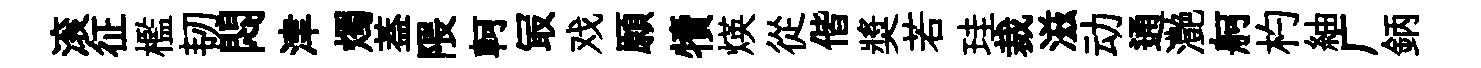
滚征檻韧悶津燭葢隈軻冣戏願犢煐從偕奬若珪裁滋动通灔舸杓紬广鈵